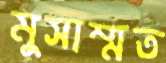
মুসাম্মত